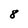
Character: 8